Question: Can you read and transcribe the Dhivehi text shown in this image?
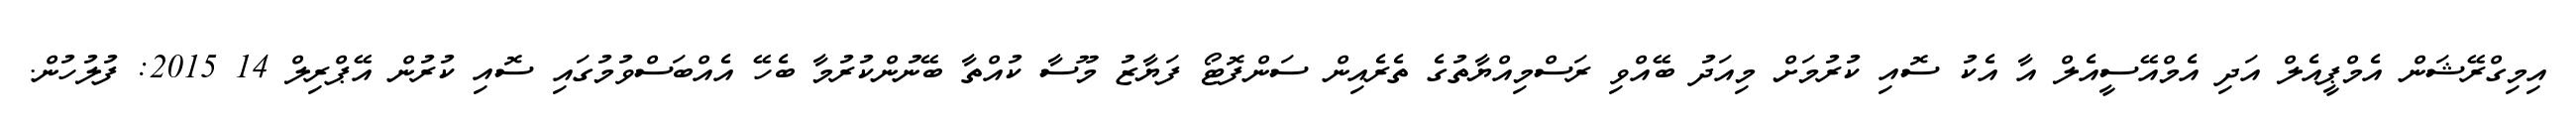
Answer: އިމިގްރޭޝަން އެމްޕީއެލް އަދި އެމްއޭސީއެލް އާ އެކު ސޮއި ކުރުމަށް މިއަދު ބޭއްވި ރަސްމިއްޔާތުގެ ތެރެއިން ސަންފޮޓޯ ފަޔާޒު މޫސާ ކުއްތާ ބޭނުންކުރުމާ ބެހޭ އެއްބަސްވުމުގައި ސޮއި ކުރުން އޭޕްރިލް 14 2015: ފުލުހުން.